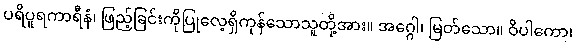
ပရိပူရကာရီနံ၊ ဖြည့်ခြင်းကိုပြုလေ့ရှိကုန်သောသူတို့အား။ အဂ္ဂေါ၊ မြတ်သော။ ဝိပါကော၊